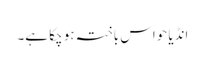
انڈیا حواس باختہ ہو چکا ہے۔